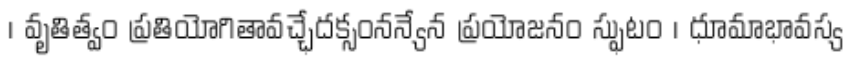
। వృతిత్వం ప్రతియోగితావచ్ఛేదక్సంనన్యేన ప్రయోజనం స్ఫుటం । ధూమాభావస్య